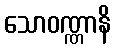
သောဝဏ္ဏာနိ